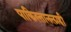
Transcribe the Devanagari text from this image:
पाकिस्तानलाही